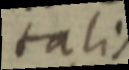
talis